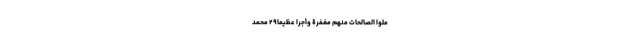
َمِلُوا الصَّالِحَاتِ مِنْهُمْ مَغْفِرَةً وَأَجْرًا عَظِيمًا۲۹ محمد